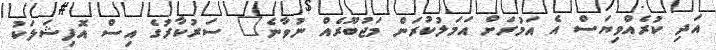
އަދި ކުރެއްވިޔަސް އެ އަމުރަށް އަމަލުކުރަން މަޖުބޫރެއް ނުވާނެ" ސަރުކާރުގެ އިސް އޮފިޝަލަކު